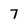
Character: 7